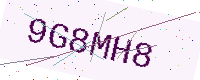
Text: 9G8MH8